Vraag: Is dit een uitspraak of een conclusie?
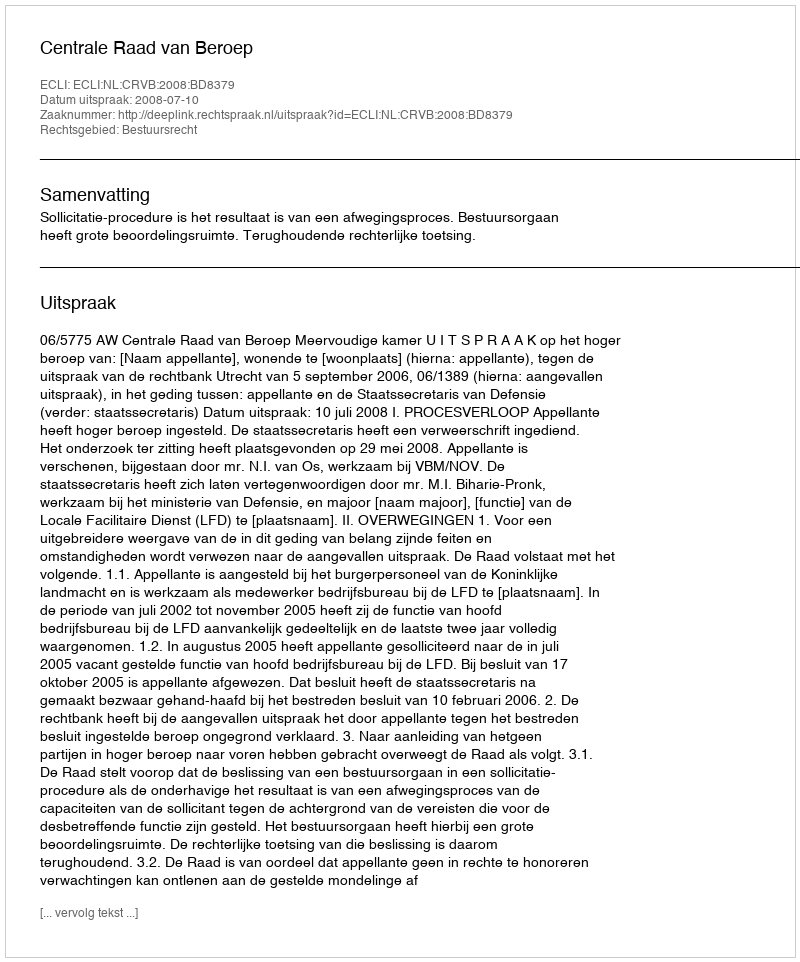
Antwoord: Uitspraak